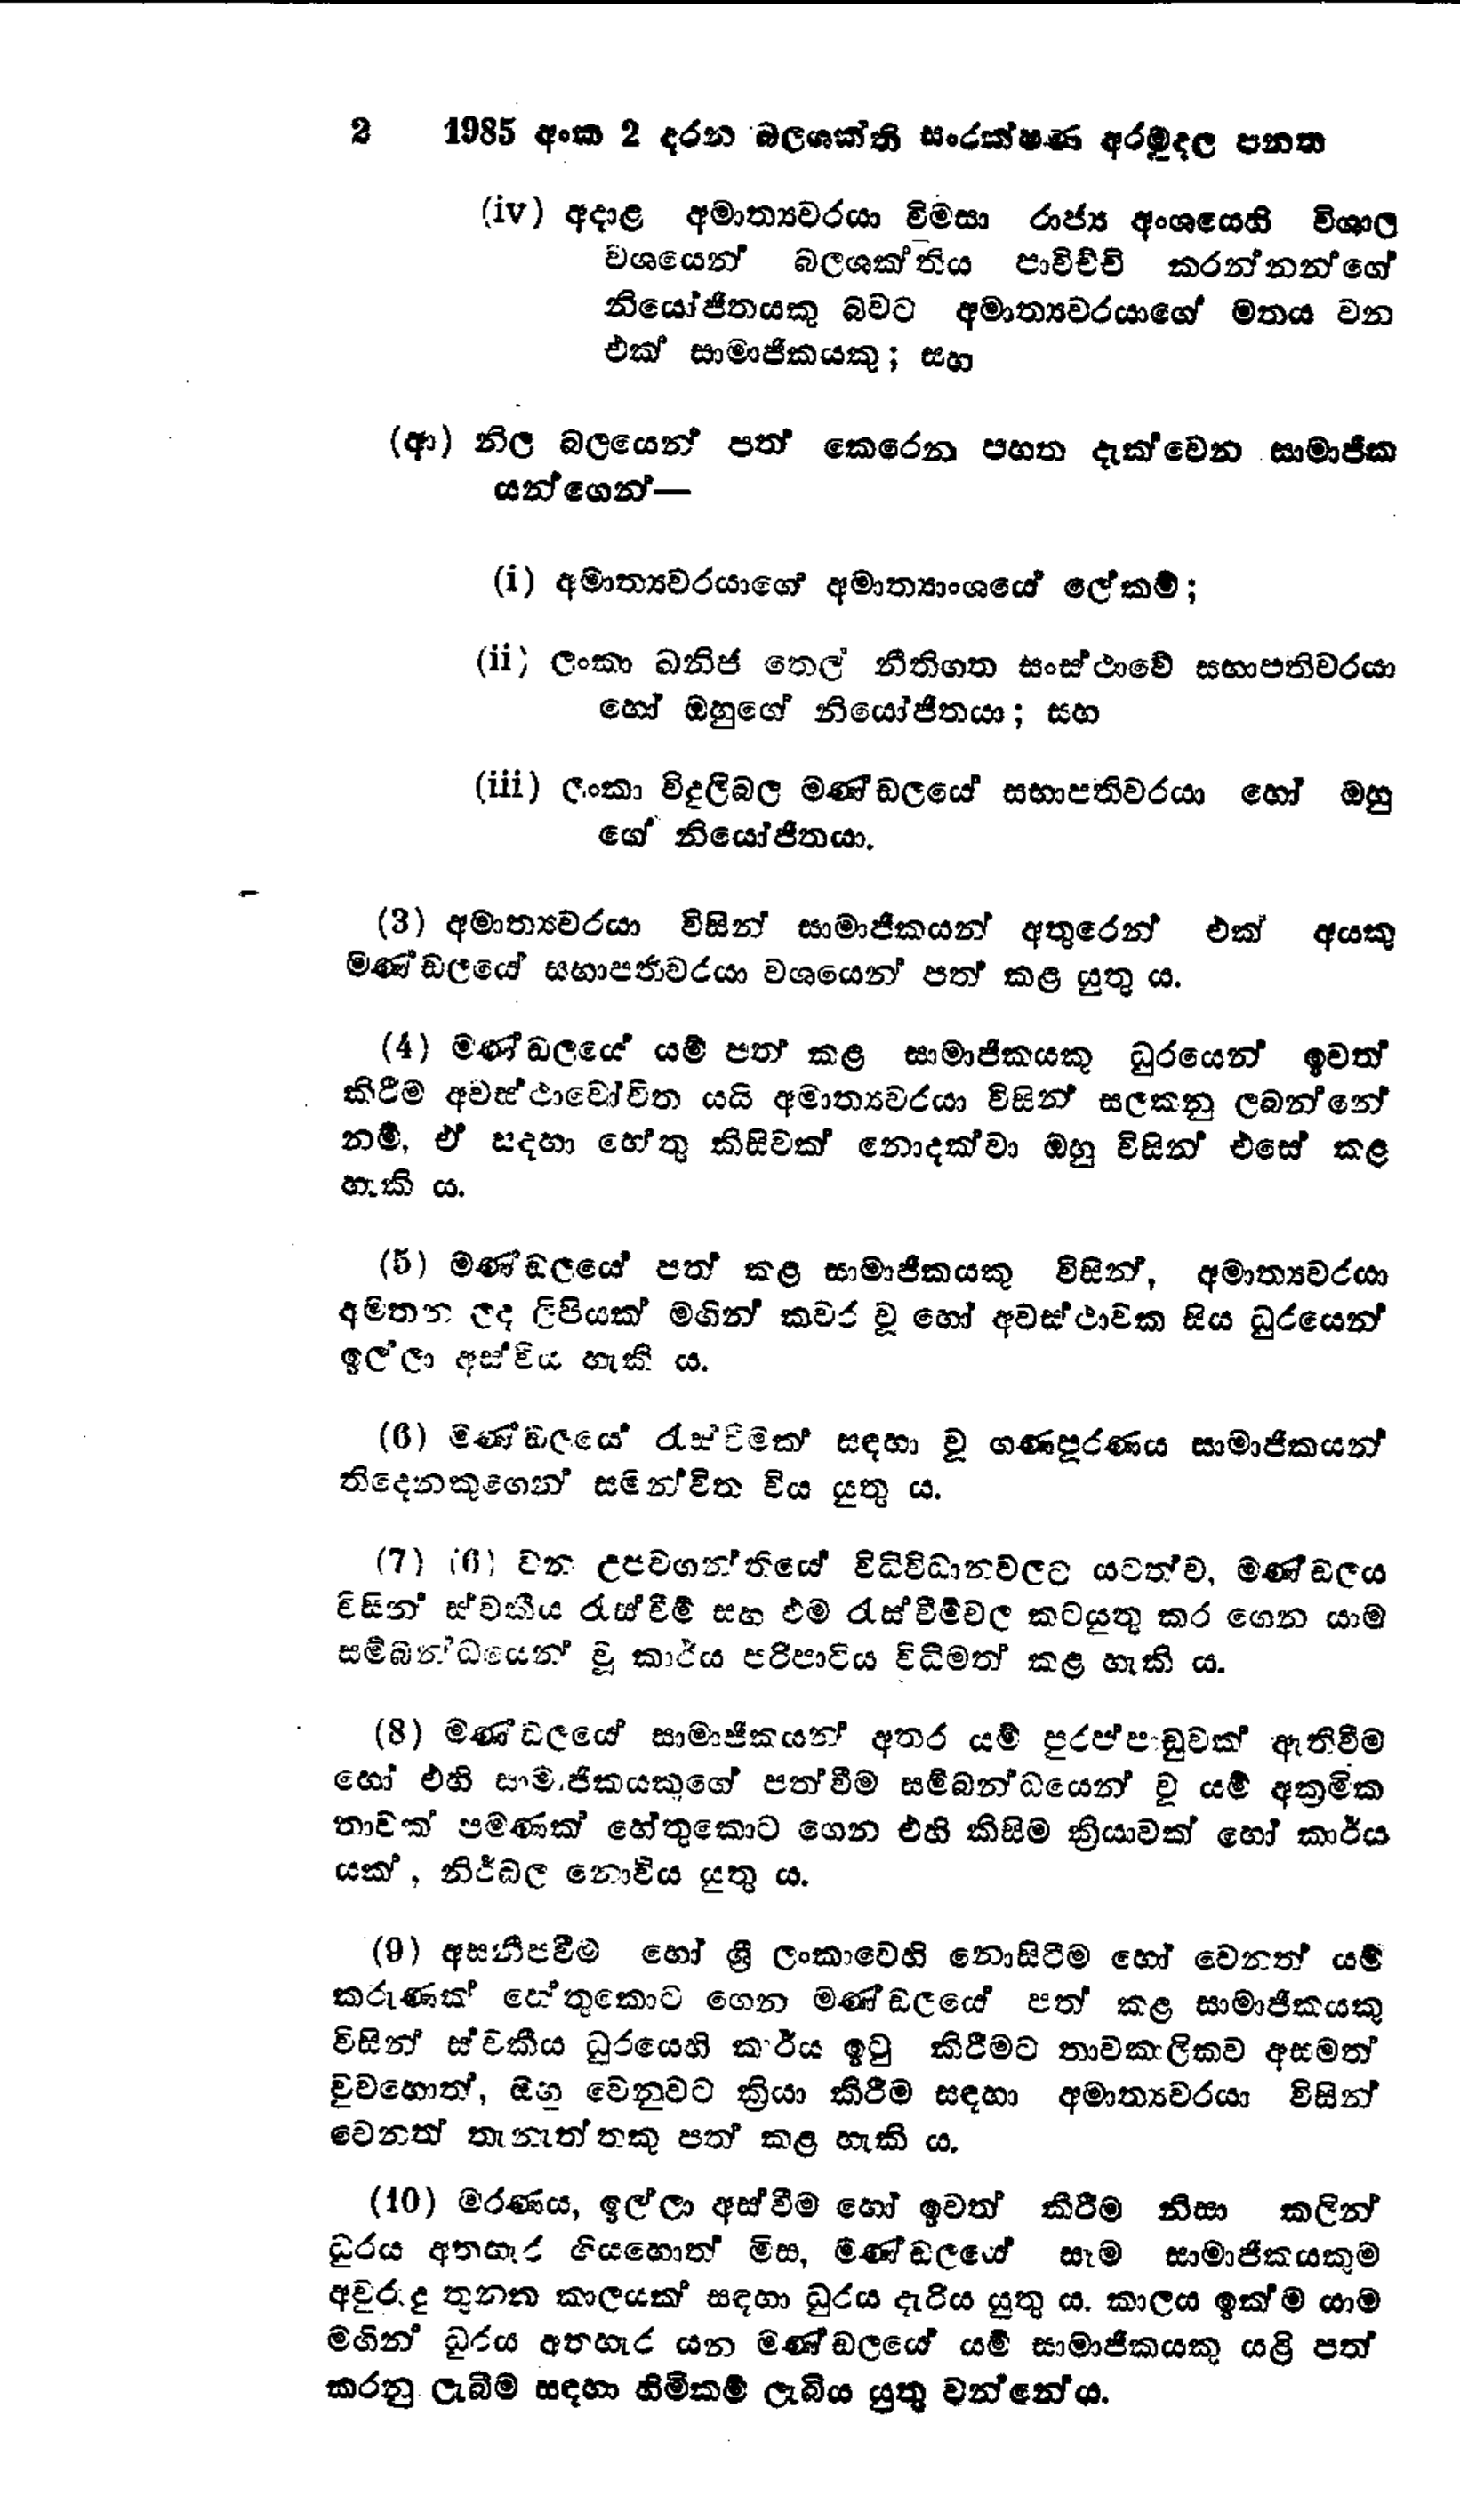
2 1985 අංක 2 දරන බලශක්ති සංරක්ෂණ අරමුදල පනත

(iv) අදාළ අමාත්‍යවරයා විමසා රාජ්‍ය අංශයෙහි විශාල
වශයෙන් බලශක්තිය පාවිච්චි කරන්නන්ගේ
නියෝජිතයකු බවට අමාත්‍යවරයාගේ මතය වන
එක් සාමාජිකයකු; සහ

(ආ) නිල බලයෙන් පත් කෙරෙන පහත දැක්වෙන සාමාජික
යන්ගෙන් -

(i) අමාත්‍යවරයාගේ අමාත්‍යාංශයේ ලේකම්;

(ii) ලංකා ඛනිජ තෙල් නීතිගත සංස්ථාවේ සභාපතිවරයා
හෝ ඔහුගේ නියෝජිතයා ; සහ

(iii) ලංකා විදුලිබල මණ්ඩලයේ සභාපතිවරයා හෝ ඔහු
ගේ නියෝජිතයා.

(3) අමාත්‍යවරයා විසින් සාමාජිකයන් අතුරෙන් එක් අයකු
මණ්ඩලයේ සභාපතිවරයා වශයෙන් පත් කළ යුතු ය.

(4) මණ්ඩලයේ යම් පත් කළ සාමාජිකයකු ධුරයෙන් ඉවත්
කිරීම අවස්ථාවෝචිත යයි අමාත්‍යවරයා විසින් සලකනු ලබන්නේ
නම්, ඒ සදහා හේතු කිසිවක් නොදක්වා ඔහු විසින් එසේ කළ
හැකි ය.

(5) මණ්ඩලයේ පත් කළ සාමාජිකයකු විසින්, අමාත්‍යවරයා
අමතන ලද ලිපියක් මගින් කවර වූ හෝ අවස්ථාවක සිය ධුරයෙන්
ඉල්ලා අස්විය හැකි ය.

(6) මණ්ඩලයේ රැස්වීමක සඳහා වූ ගණපූරණය සාමාජිකයන්
තිදෙනකුගෙන් සමන්විත විය යුතුය.

(7) (6) වන උපවගන්තියේ විධිවිධානවලට යටත්ව, මණ්ඩලය
විසින් ස්වකීය රැස්වීම් සහ එම රැස්වීම්වල කටයුතු කර ගෙන යාම
සම්බන්ධයෙන් වූ කාර්ය පරිපාටිය විධිමත් කළ හැකි ය.

(8) මණ්ඩලයේ සාමාජිකයන් අතර යම් පුරප්පාඩුවක් ඇතිවීම
හෝ එහි සාමාජිකයකුගේ පත්වීම සම්බන්ධයෙන් වූ යම් අක්‍රමික
තාවක් පමණක් හේතුකොට ගෙන එහි කිසිම ක්‍රියාවක් හෝ කාර්ය
යක්, නිර්බල නොවිය යුතු ය.

(9) අසනීපවීම් හෝ ශ්‍රී ලංකාවෙහි නොසිටීම හෝ වෙනත් යම්
කරුණක් හේතුකොට ගෙන මණ්ඩලයේ පත් කළ සාමාජිකයකු
විසින් ස්වකීය ධුරයෙහි කාර්ය ඉටු කිරීමට තාවකාලිකව අසමත්
වුවහොත්, ඔහු වෙනුවට ක්‍රියා කිරීම සඳහා අමාත්‍යවරයා විසින්
වෙනත් තැනැත්තකු පත් කළ හැකි ය.

(10) මරණය, ඉල්ලා අස්වීම හෝ ඉවත් කිරීම නිසා කලින්
ධුරය අතහැර ගියහොත් මිස, මණ්ඩලයේ සෑම සාමාජිකයකුම
අවුරුදු තුනක කාලයක් සඳහා ධුරය දැරිය යුතු ය. කාලය ඉක්ම යාම
මගින් ධූරය අතහැර යන මණ්ඩලයේ යම් සාමාජිකයකු යළි පත්
කරනු ලැබීම සඳහා හිමිකම් ලැබිය යුතු වන්නේය.